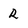
Character: r